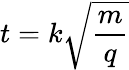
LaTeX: t=k\sqrt{\frac{m}{q}}